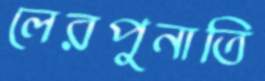
লেরপুনাতি